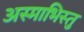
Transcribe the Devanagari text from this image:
अस्माभिस्तु